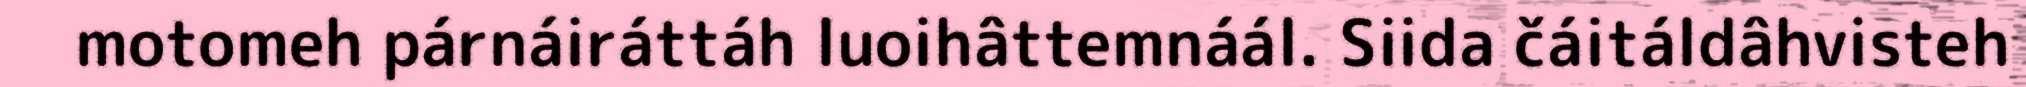
motomeh párnáiráttáh luoihâttemnáál. Siida čáitáldâhvisteh